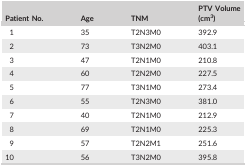
| Patient No. | Age | TNM | PTV Volume (cm3) |
 | --- | --- | --- | --- |
 | 1 | 35 | T2N3M0 | 392.9 |
 | 2 | 73 | T3N2M0 | 403.1 |
 | 3 | 47 | T2N1M0 | 210.8 |
 | 4 | 60 | T2N2M0 | 227.5 |
 | 5 | 77 | T3N1M0 | 273.4 |
 | 6 | 55 | T2N3M0 | 381.0 |
 | 7 | 40 | T2N1M0 | 212.9 |
 | 8 | 69 | T2N1M0 | 225.3 |
 | 9 | 57 | T2N2M1 | 251.6 |
 | 10 | 56 | T3N2M0 | 395.8 |